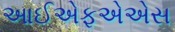
આઈએફએએસ